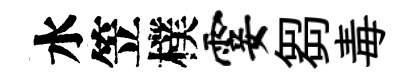
水笠樸霎芻毒